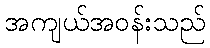
အကျယ်အဝန်းသည်